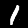
Label: 1